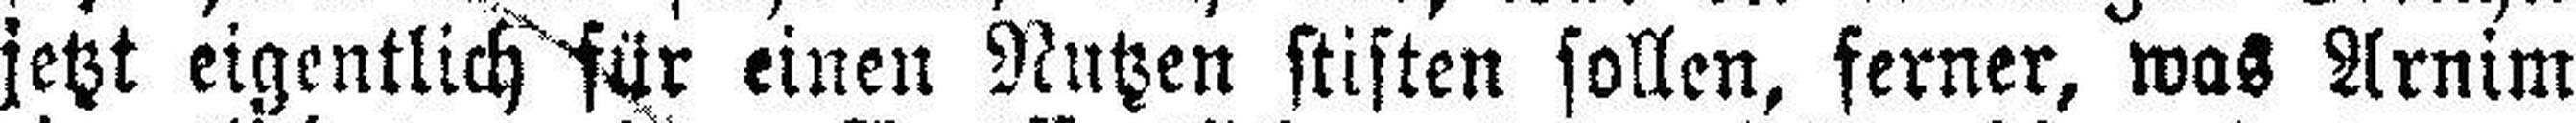
jetzt eigentlich für einen Nutzen stiften sollen, ferner, was Arnim